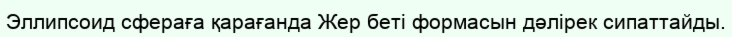
Эллипсоид сфераға қарағанда Жер беті формасын дәлірек сипаттайды.